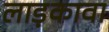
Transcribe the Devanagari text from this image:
लाड़कावा